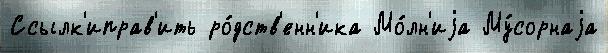
Ссылк'иправ'ить ро́дств'енн'ика Мо́лн'иjа Му́сорнаjа